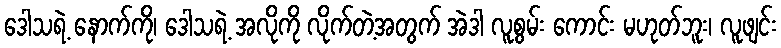
ဒေါသရဲ့ နောက်ကို၊ ဒေါသရဲ့ အလိုကို လိုက်တဲ့အတွက် အဲဒါ လူစွမ်း ကောင်း မဟုတ်ဘူး၊ လူဖျင်း